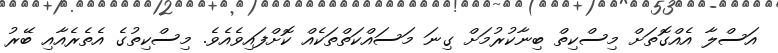
އަސްލާ އެއްގޮތަށް މިސްކިތް ބިނާކުރުމަށް ގިނަ މަސައްކަތްތަކެއް ކޮށްފައިވެއެވެ. މިސްކިތުގެ އެތެރެއާއި ބޭރު